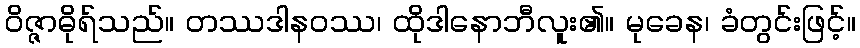
ဝိဇ္ဇာဓိုရ်သည်။ တဿဒါနဝဿ၊ ထိုဒါနောဘီလူး၏။ မုခေန၊ ခံတွင်းဖြင့်။